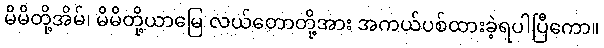
မိမိတို့အိမ်၊ မိမိတို့ယာမြေ လယ်တောတို့အား အကယ်ပစ်ထားခဲ့ရပါပြီကော။